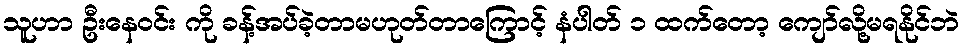
သူဟာ ဦးနေဝင်း ကို ခန့်အပ်ခဲ့တာမဟုတ်တာကြောင့် နံပါတ် ၁ ထက်တော့ ကျော်လို့မရနိုင်ဘဲ